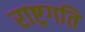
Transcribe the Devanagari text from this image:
राष्ट्रगति